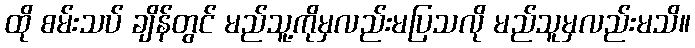
ထို စမ်းသပ် ချိန်တွင် မည်သူ့ကိုမှလည်းမပြသလို မည်သူမှလည်းမသိ။